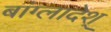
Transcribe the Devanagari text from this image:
बांग्लादेश्